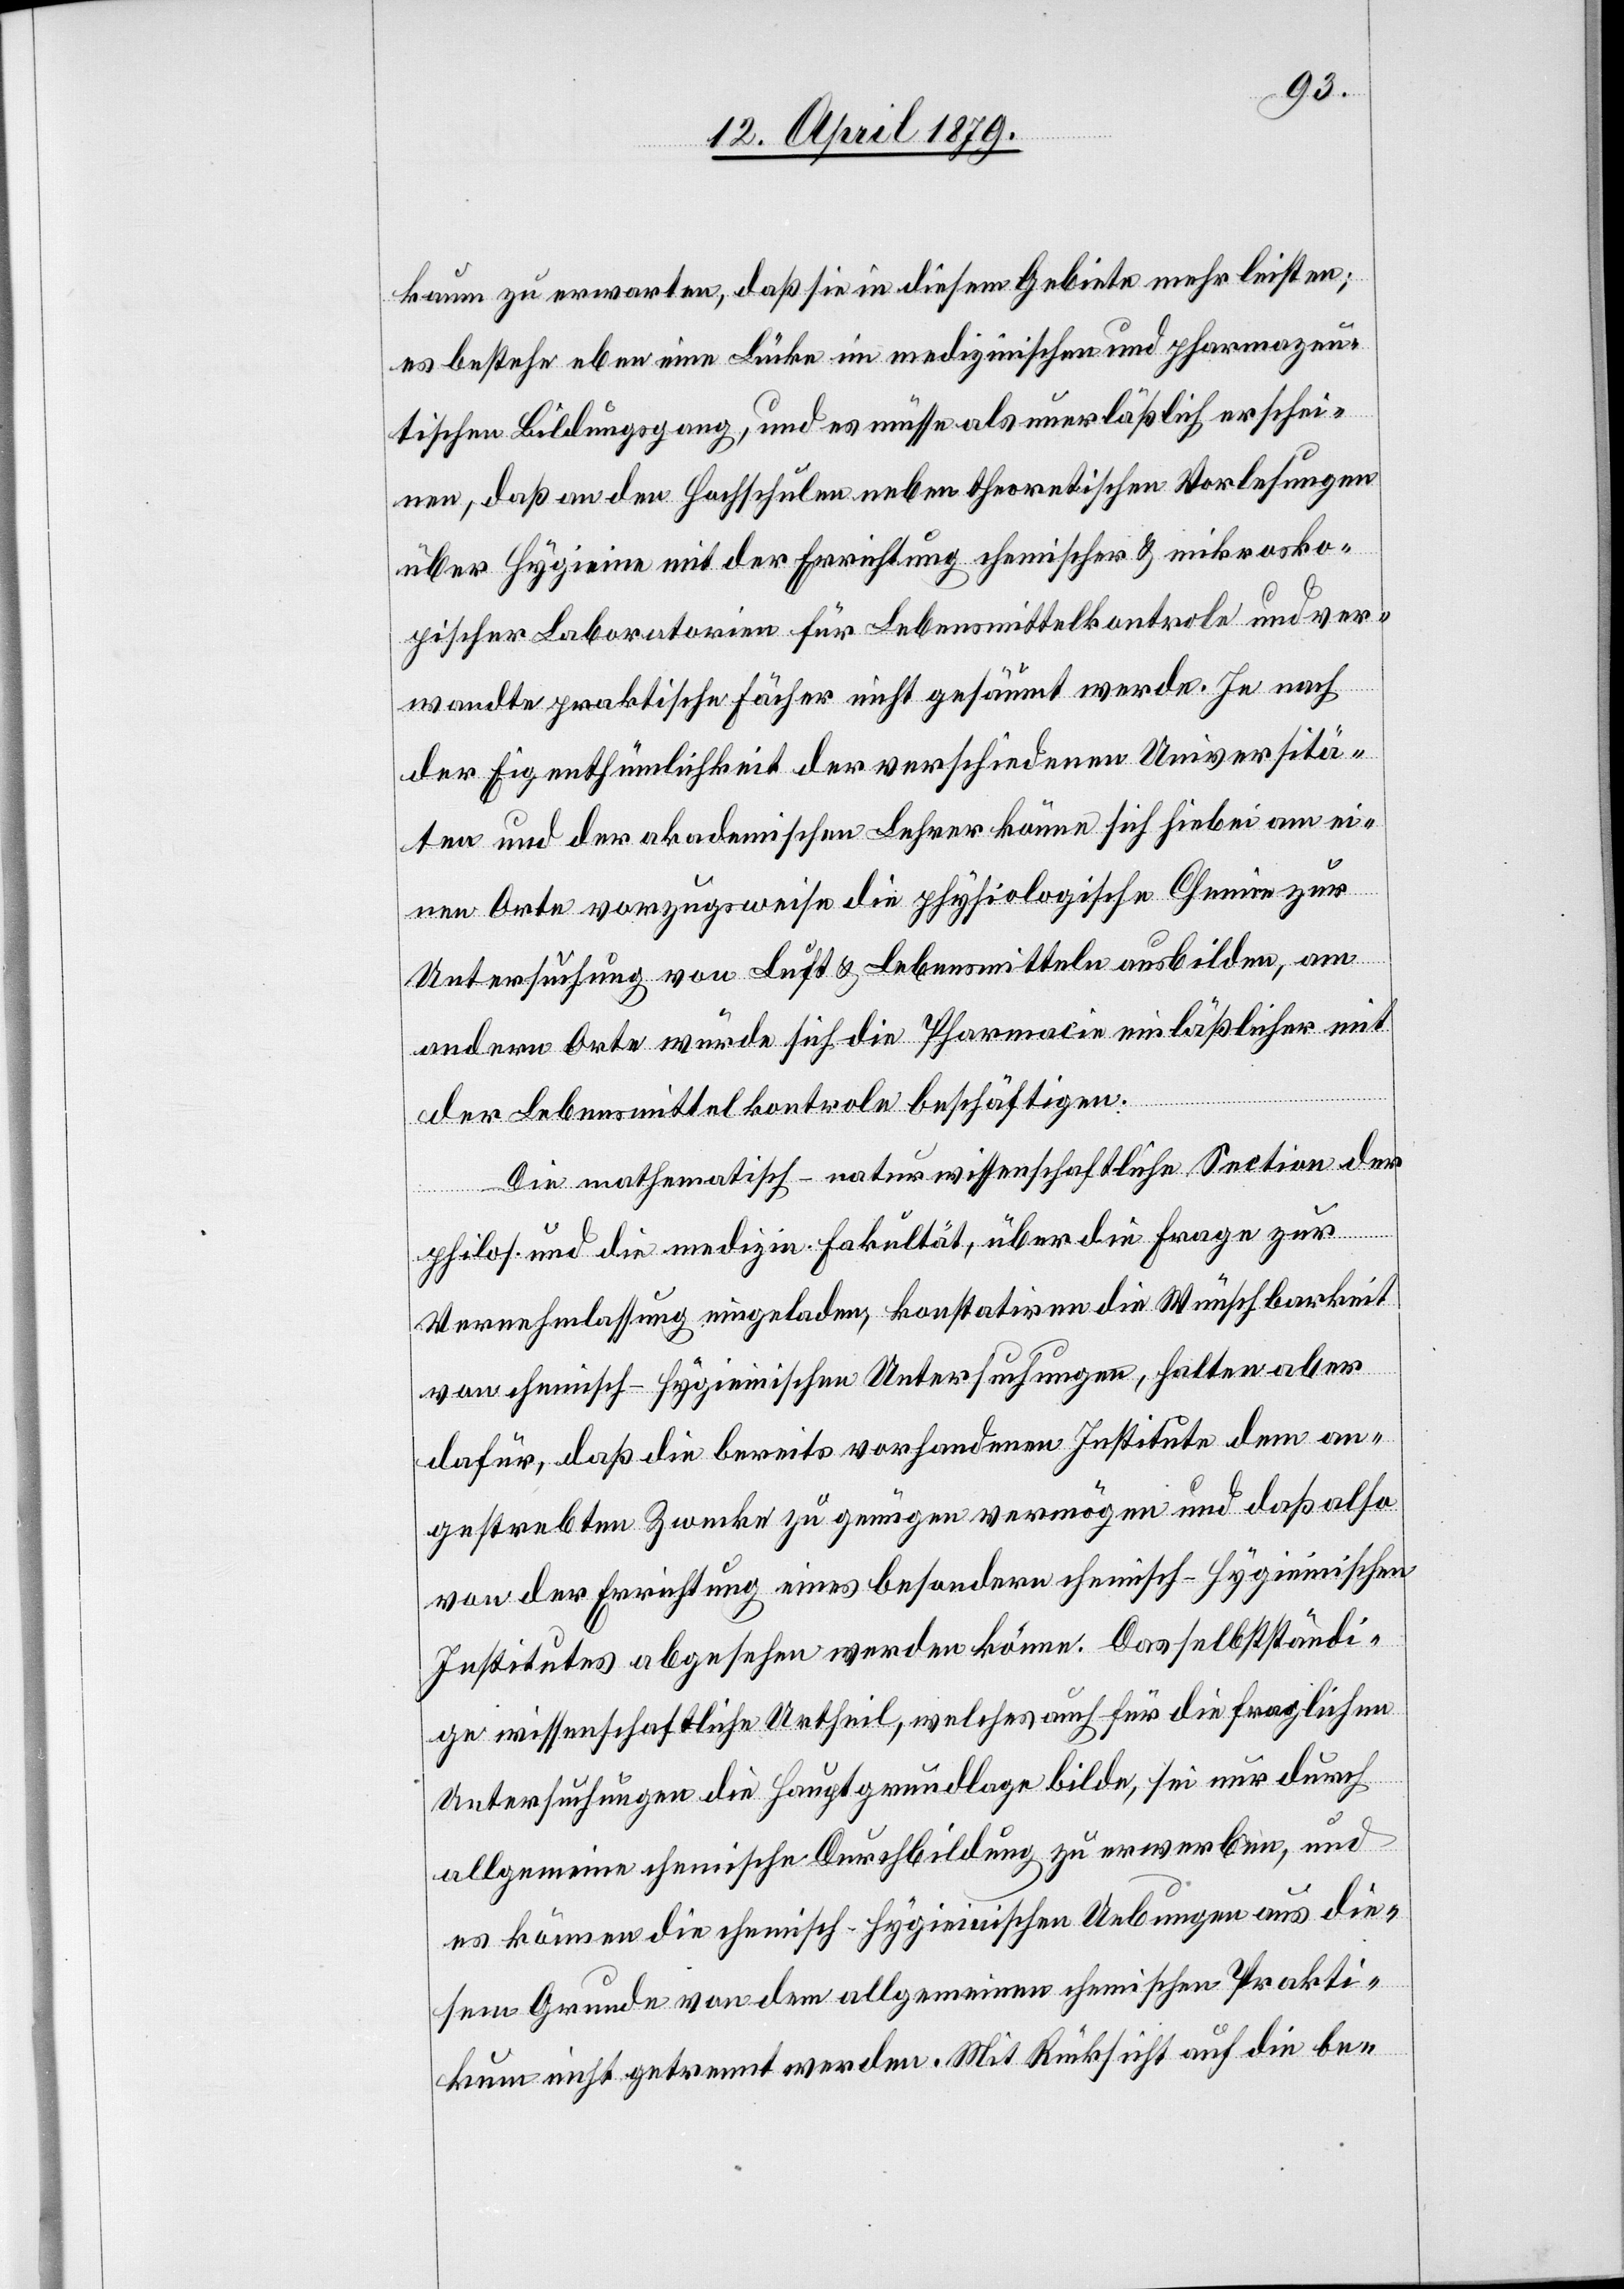
kaum zu erwarten, daß sie in diesem Gebiete mehr leisten;
es bestehe eben eine Lücke im medizinischen und pharmazeu¬
tischen Bildungsgang, und es müsse als unerläßlich erschei¬
nen, daß an den Hochschulen neben theoretischen Vorlesungen
über Hygieine mit der Errichtung chemischer & mikrosko¬
pischer Laboratorien für Lebensmittelkontrole und ver¬
wandte praktische Fächer nicht gesäumt werde. Je nach
der Eigenthümlichkeit der verschiedenen Universitä¬
ten und der akademischen Lehrer könne sich hiebei am ei¬
nen Orte vorzugsweise die physiologische Chemie zur
Untersuchung von Luft & Lebensmitteln ausbilden, am
andern Orte würde sich die Pharmacie einläßlicher mit
der Lebensmittelkontrole beschäftigen.
Die mathematisch-naturwissenschaftliche Section der
philos. und die medizin. Fakultät, über die Frage zur
Vernehmlassung eingeladen, konstatiren die Wünschbarkeit
von chemisch-hygieinischen Untersuchungen, halten aber
dafür, daß die bereits vorhandenen Institute dem an¬
gestrebten Zwecke zu genügen vermögen und daß also
von der Errichtung eines besondern chemisch-hygieinischen
Institutes abgesehen werden könne. Das selbstständi¬
ge wissenschaftliche Urtheil, welches auch für die fraglichen
Untersuchungen die Hauptgrundlage bilde, sei nur durch
allgemeine chemische Durchbildung zu erwerben, und
es können die chemisch-hygieinischen Uebungen aus die¬
sem Grunde von dem allgemeinen chemischen Prakti¬
kum nicht getrennt werden. Mit Rücksicht auf die be-